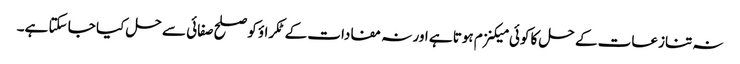
نہ تنازعات کے حل کا کوئی میکنزم ہوتا ہے اور نہ مفادات کے ٹکراؤ کو صلح صفائی سے حل کیا جا سکتا ہے۔